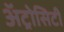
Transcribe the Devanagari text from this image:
अॅट्रोसिटी